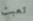
تعبت